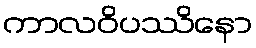
ကာလဝိပဿိနော